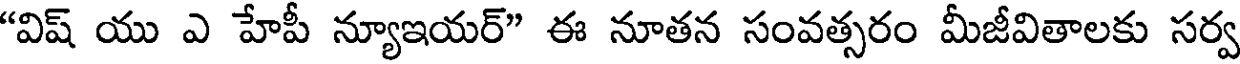
"విష్ యు ఎ హేపీ న్యూఇయర్" ఈ నూతన సంవత్సరం మీజీవితాలకు సర్వ